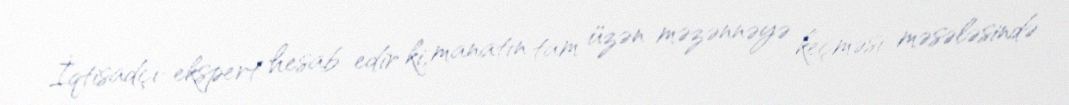
İqtisadçı-ekspert hesab edir ki, manatın tam üzən məzənnəyə keçməsi məsələsində